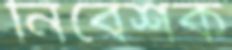
নিবেশক